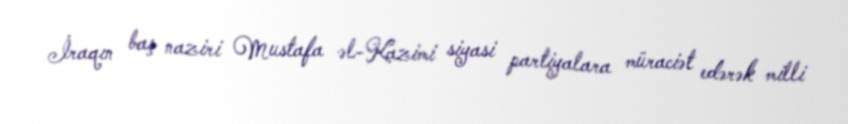
İraqın baş naziri Mustafa əl-Kazimi siyasi partiyalara müraciət edərək milli